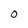
Character: o